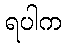
ရပါက